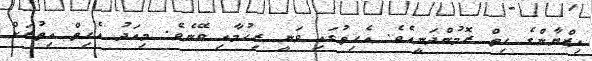
އިޒްޔާންގެ ހިތް ރޮމުންދަނީއެވެ. އެހިތުގައި ވަނީ ރިހުމާއި ވޭނެވެ. މިއަދު އެހިތް އިތުރަށް